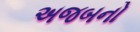
અજબનો